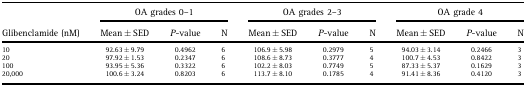
| <ROWSPAN=3> Glibenclamide (nM) | <COLSPAN=3> OA grades 0–1 | <COLSPAN=3> OA grades 2–3 | <COLSPAN=3> OA grade 4 |
 | Mean ± SED | P-value | N | Mean ± SED | P-value | N | Mean ± SED | P-value | N |
 | --- | --- | --- | --- | --- | --- | --- | --- | --- | --- |
 | 10 | 92.63 ± 9.79 | 0.4962 | 6 | 106.9 ± 5.98 | 0.2979 | 5 | 94.03 ± 3.14 | 0.2466 | 3 |
 | 20 | 97.92 ± 1.53 | 0.2347 | 6 | 108.6 ± 8.73 | 0.3777 | 4 | 100.7 ± 4.53 | 0.8422 | 3 |
 | 100 | 93.95 ± 5.36 | 0.3322 | 6 | 102.2 ± 8.03 | 0.7749 | 5 | 87.33 ± 5.37 | 0.1629 | 3 |
 | 20,000 | 100.6 ± 3.24 | 0.8203 | 6 | 113.7 ± 8.10 | 0.1785 | 4 | 91.41 ± 8.36 | 0.4120 | 3 |